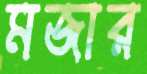
মজার